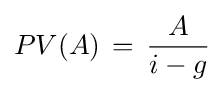
PV(A)\,=\,{A \over i-g}